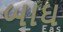
બાઘ